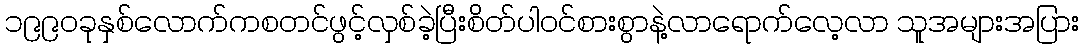
၁၉၉၀ခုနှစ်လောက်ကစတင်ဖွင့်လှစ်ခဲ့ပြီးစိတ်ပါဝင်စားစွာနဲ့လာရောက်လေ့လာ သူအများအပြား